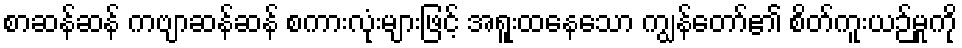
စာဆန်ဆန် ကဗျာဆန်ဆန် စကားလုံးများဖြင့် အရူးထနေသော ကျွန်တော်၏ စိတ်ကူးယဉ်မှုကို